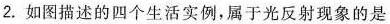
2. 如图描述的四个生活实例，属于光反射现象的是